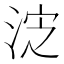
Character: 𰛸